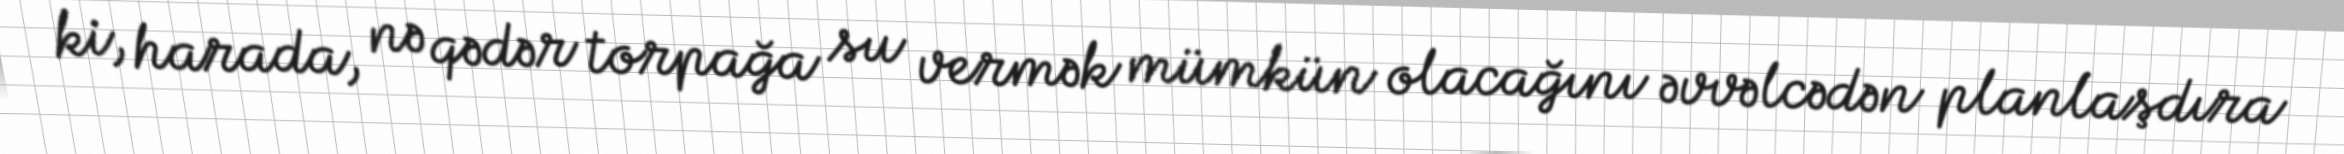
ki, harada, nə qədər torpağa su vermək mümkün olacağını əvvəlcədən planlaşdıra